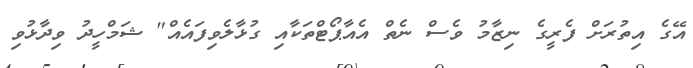
އޭގެ އިތުރަށް ފެރީގެ ނިޒާމު ވެސް ނެތް އެއާޕޯޓްތަކާއި ގުޅާލެވިފައެއް" ޝަމްހީދު ވިދާޅުވި